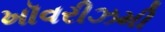
ખૉવરીઝમી